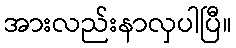
အားလည်းနာလှပါပြီ။